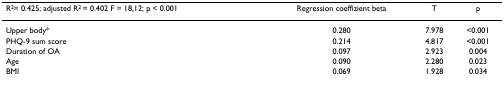
<table><thead><tr><td><b>R<sup>2</sup>= 0.425; adjusted R<sup>2 </sup>= 0.402 F = 18,12; p &lt; 0.001</b></td><td><b>Regression coeffizient beta</b></td><td><b>T</b></td><td><b>p</b></td></tr></thead><tbody><tr><td>Upper body*</td><td>0.280</td><td>7.978</td><td>&lt;0.001</td></tr><tr><td>PHQ-9 sum score</td><td>0.214</td><td>4.817</td><td>&lt;0.001</td></tr><tr><td>Duration of OA</td><td>0.097</td><td>2.923</td><td>0.004</td></tr><tr><td>Age</td><td>0.090</td><td>2.280</td><td>0.023</td></tr><tr><td>BMI</td><td>0.069</td><td>1.928</td><td>0.034</td></tr></tbody></table>